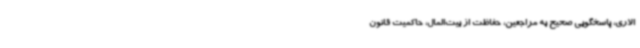
الاری، پاسخگویی صحیح به مراجعین، حفاظت از بیت‌المال، حاکمیت قانون